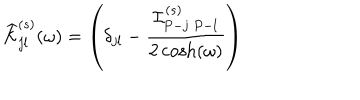
LaTeX: \widehat { \cal K } _ { j l } ^ { ( s ) } ( \omega ) = \left( \delta _ { j l } - \frac { { \cal I } _ { P - j \ P - l } ^ { ( s ) } } { 2 \cosh ( \omega ) } \right)